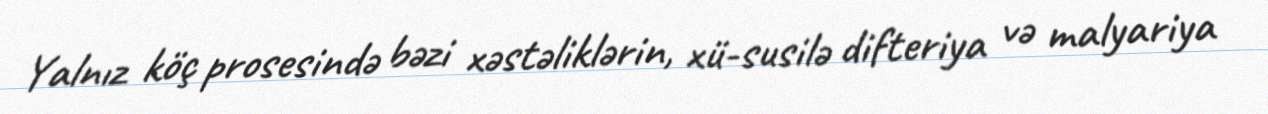
Yalnız köç prosesində bəzi xəstəliklərin, xü­susilə difteriya və malyariya